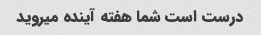
درست است شما هفته آینده میروید